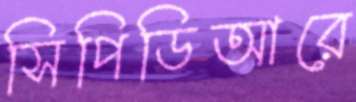
সিপিডিআরে